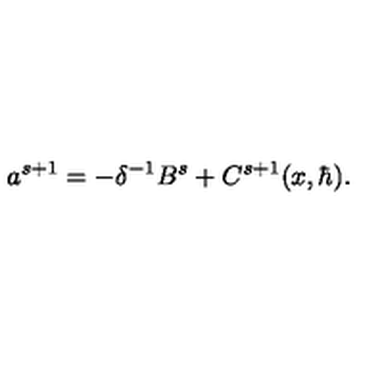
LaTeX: a ^ { s + 1 } = - \delta ^ { - 1 } B ^ { s } + C ^ { s + 1 } ( x , \hbar ) .